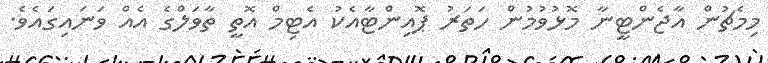
މިމެޗުން އާޖެންޓީނާ މޮޅުވުމުން ހަތަރު ޕޮއިންޓާއެކު އެޓިމް އޮތީ ތާވަލްގެ އެއް ވަނައިގައެވެ.